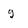
Character: g